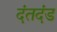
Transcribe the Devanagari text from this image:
दंतदंड